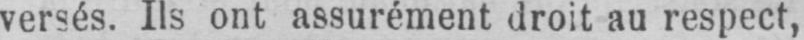
versés. Ils ont assurément droit au respect,